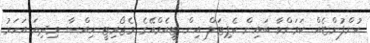
ކުންފުންޏެއް ކަމަށްވާ ބައިން ކެޕިޓަލް އިން ޓީއެމްއޭގެ މެޖޯރިޓީ ހިއްސާ މިދިޔަ އަހަރު